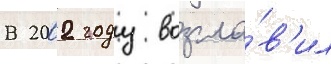
В 2002 году возгла́в'ил